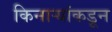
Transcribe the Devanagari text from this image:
किनाऱ्यांकडून